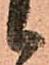
候